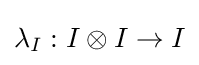
\lambda _{I}:I\otimes I\to I